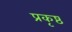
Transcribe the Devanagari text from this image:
प्रकृष्ठ